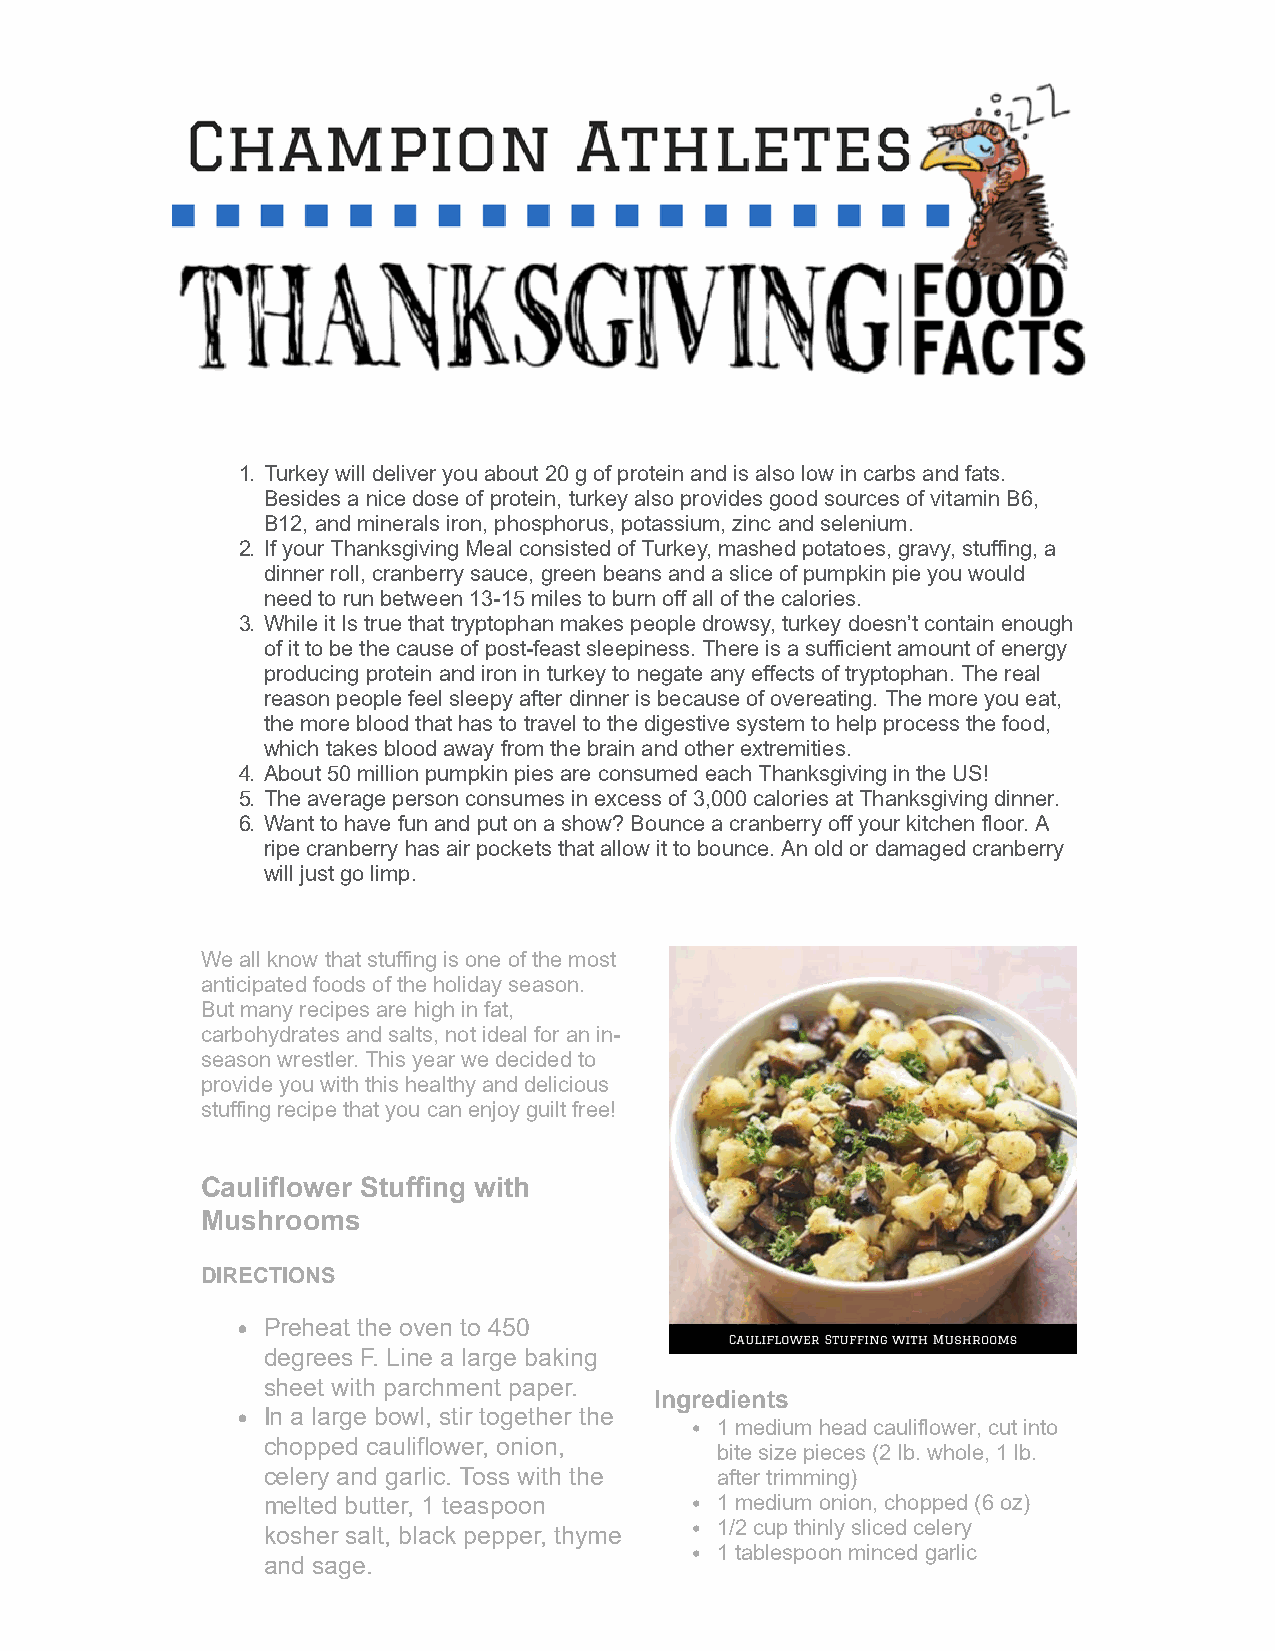
1. Turkey will deliver you about 20 g of protein and is also low in carbs and fats.
 Besides a nice dose of protein, turkey also provides good sources of vitamin B6,
 B12, and minerals iron, phosphorus, potassium, zinc and selenium.
 2. If your Thanksgiving Meal consisted of Turkey, mashed potatoes, gravy, stuffing, a
 dinner roll, cranberry sauce, green beans and a slice of pumpkin pie you would
 need to run between 13-15 miles to burn off all of the calories.
 3. While it Is true that tryptophan makes people drowsy, turkey doesn’t contain enough
 of it to be the cause of post-feast sleepiness. There is a sufficient amount of energy
 producing protein and iron in turkey to negate any effects of tryptophan. The real
 reason people feel sleepy after dinner is because of overeating. The more you eat,
 the more blood that has to travel to the digestive system to help process the food,
 which takes blood away from the brain and other extremities.
 4. About 50 million pumpkin pies are consumed each Thanksgiving in the US!
 5. The average person consumes in excess of 3,000 calories at Thanksgiving dinner.
 6. Want to have fun and put on a show? Bounce a cranberry off your kitchen floor. A
 ripe cranberry has air pockets that allow it to bounce. An old or damaged cranberry
 will just go limp.
 We all know that stuffing is one of the most
 anticipated foods of the holiday season.
 But many recipes are high in fat,
 carbohydrates and salts, not ideal for an in-
 season wrestler. This year we decided to
 provide you with this healthy and delicious
 stuffing recipe that you can enjoy guilt free!
 Cauliflower Stuffing with
 Mushrooms
 DIRECTIONS
 Preheat the oven to 450
 degrees F. Line a large baking
 sheet with parchment paper.
 Ingredients
 In a large bowl, stir together the
 1 medium head cauliflower, cut into
 chopped cauliflower, onion,
 bite size pieces (2 lb. whole, 1 lb.
 celery and garlic. Toss with the after trimming)
 melted butter, 1 teaspoon     1 medium onion, chopped (6 oz)
 1/2 cup thinly sliced celery
 kosher salt, black pepper, thyme
 1 tablespoon minced garlic
 and sage.